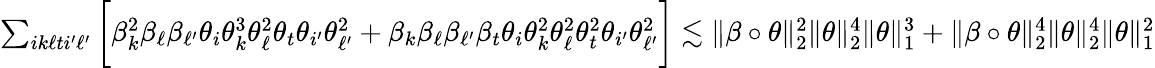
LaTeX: \begin{array}{r}{\sum_{ik\ell ti^{\prime}\ell^{\prime}}\bigg[\beta_{k}^{2}\beta_{\ell}\beta_{\ell^{\prime}}\theta_{i}\theta_{k}^{3}\theta_{\ell}^{2}\theta_{t}\theta_{i^{\prime}}\theta_{\ell^{\prime}}^{2}+\beta_{k}\beta_{\ell}\beta_{\ell^{\prime}}\beta_{t}\theta_{i}\theta_{k}^{2}\theta_{\ell}^{2}\theta_{t}^{2}\theta_{i^{\prime}}\theta_{\ell^{\prime}}^{2}\bigg]\lesssim\| \beta\circ\theta\| _{2}^{2}\| \theta\| _{2}^{4}\| \theta\| _{1}^{3}+\| \beta\circ\theta\| _{2}^{4}\| \theta\| _{2}^{4}\| \theta\| _{1}^{2}}\end{array}